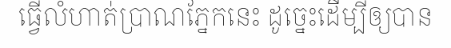
ធ្វើលំហាត់ប្រាណភ្នែកនេះ ដូច្នេះដើម្បីឲ្យបាន